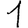
Digit: 1